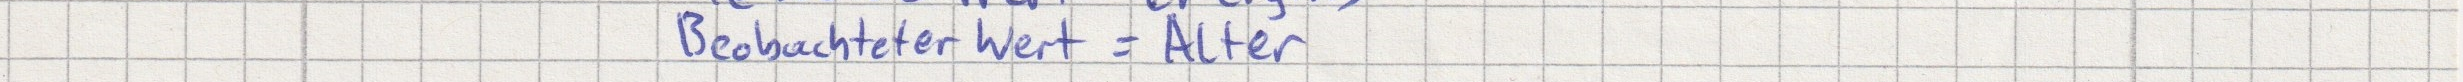
Beobachteter Wert = Alter